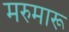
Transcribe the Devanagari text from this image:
मरुमारू